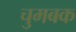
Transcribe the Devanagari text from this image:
चुमबक